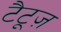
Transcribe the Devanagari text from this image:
टैटूज़